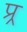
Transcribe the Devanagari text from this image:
प्र्र